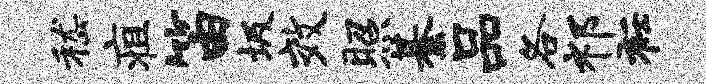
嵇疽笛圾效照綦品各祁衽